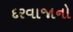
દરવાજાનો